Scientific memoirs by medical officers of the Army of India - Part IV,
Year: 1889
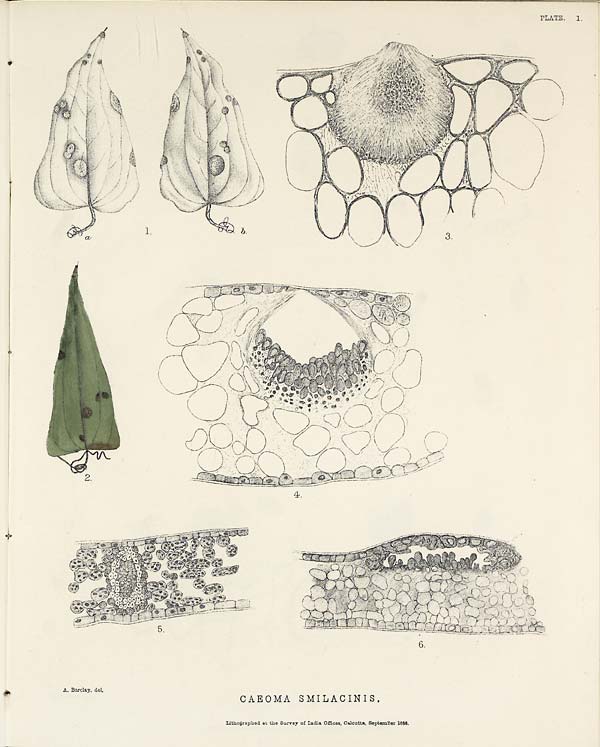
PLATE. I.
A. Barclay, del,
CAEOMA SMILACINIS.
Lithographed at the Survey of India Offices, Calcutta, September 1888.